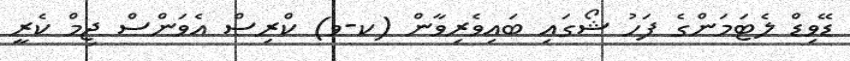
ޑޭވިޑް ލެޓަމަންގެ ފަހު ޝޯގައި ބައިވެރިވާން (ކ-ވ) ކްރިސް އެވަންސް ޖިމް ކެރީ